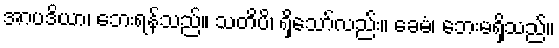
အာပဒိယာ၊ ဘေးရန်သည်။ သတိပိ၊ ရှိသော်လည်း။ ခေမံ၊ ဘေးမရှိသည်။